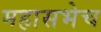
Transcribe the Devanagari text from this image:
महासभेच